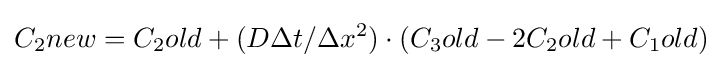
C_{2}new=C_{2}old+(D\Delta t/\Delta x^{2})\cdot (C_{3}old-2C_{2}old+C_{1}old)